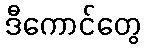
ဒီကောင်တွေ